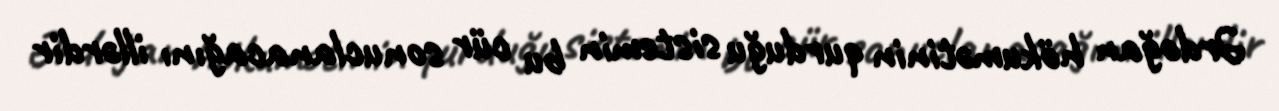
Ərdoğan hökumətinin qurduğu sistemin bu cür sonuclanacağını illərdir